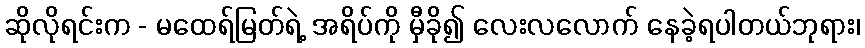
ဆိုလိုရင်းက - မထေရ်မြတ်ရဲ့ အရိပ်ကို မှီခို၍ လေးလလောက် နေခဲ့ရပါတယ်ဘုရား၊